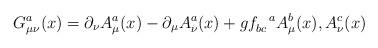
LaTeX: \begin{align*}G_{\mu\nu}^{a}(x) = \partial_{\nu}A_{\mu}^{a}(x) - \partial_{\mu}A_{\nu}^{a}(x) + gf_{bc}^{~~a}A_{\mu}^{b}(x), A_{\nu}^{c}(x)\end{align*}